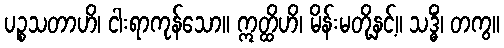
ပဉ္စသတာဟိ၊ ငါးရာကုန်သော။ ဣတ္ထိဟိ၊ မိန်းမတို့နှင့်။ သဒ္ဓိံ၊ တကွ။